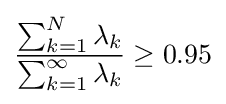
{\frac {\sum _{k=1}^{N}\lambda _{k}}{\sum _{k=1}^{\infty }\lambda _{k}}}\geq 0.95